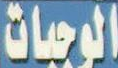
الوجبات